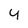
Character: 4